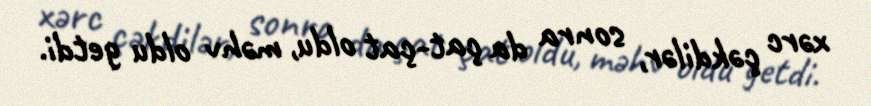
xərc çəkdilər, sonra da çat-çat oldu, məhv oldu getdi.